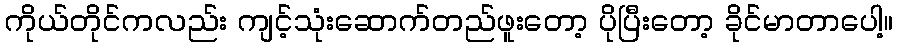
ကိုယ်တိုင်ကလည်း ကျင့်သုံးဆောက်တည်ဖူးတော့ ပိုပြီးတော့ ခိုင်မာတာပေါ့။